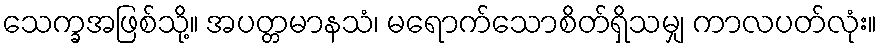
သေက္ခအဖြစ်သို့။ အပတ္တမာနသံ၊ မရောက်သောစိတ်ရှိသမျှ ကာလပတ်လုံး။